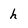
Character: h